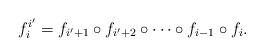
LaTeX: \begin{align*} f_i^{i^{\prime}} = f_{i^{\prime}+1} \circ f_{i^{\prime}+2} \circ \dots \circ f_{i-1}\circ f_i.\end{align*}